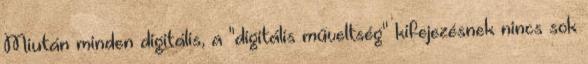
Miután minden digitális, a "digitális műveltség" kifejezésnek nincs sok